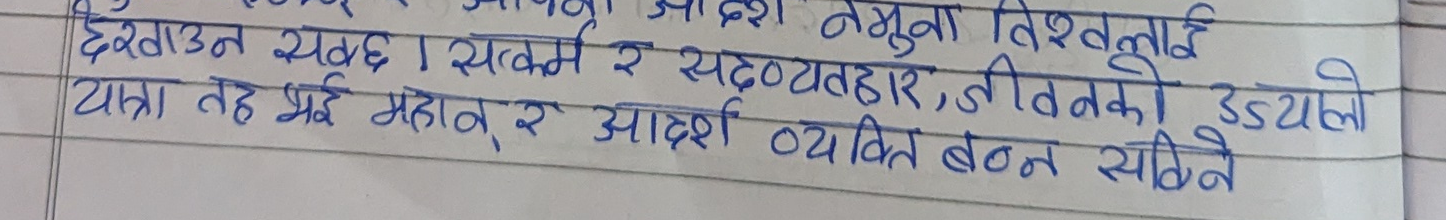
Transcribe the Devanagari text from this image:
नमुना विश्वलाई
देखाउन सक्छ । सत्कर्म र सदव्यवहार, जीवनको उज्‌यालो
यात्रा तह भई महान् र आदर्श व्यक्ति बन्न सकिने